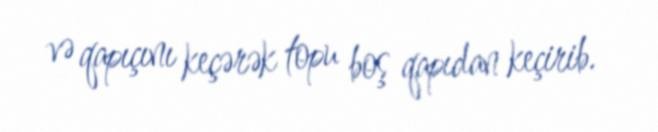
və qapıçını keçərək topu boş qapıdan keçirib.